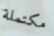
مكتملة